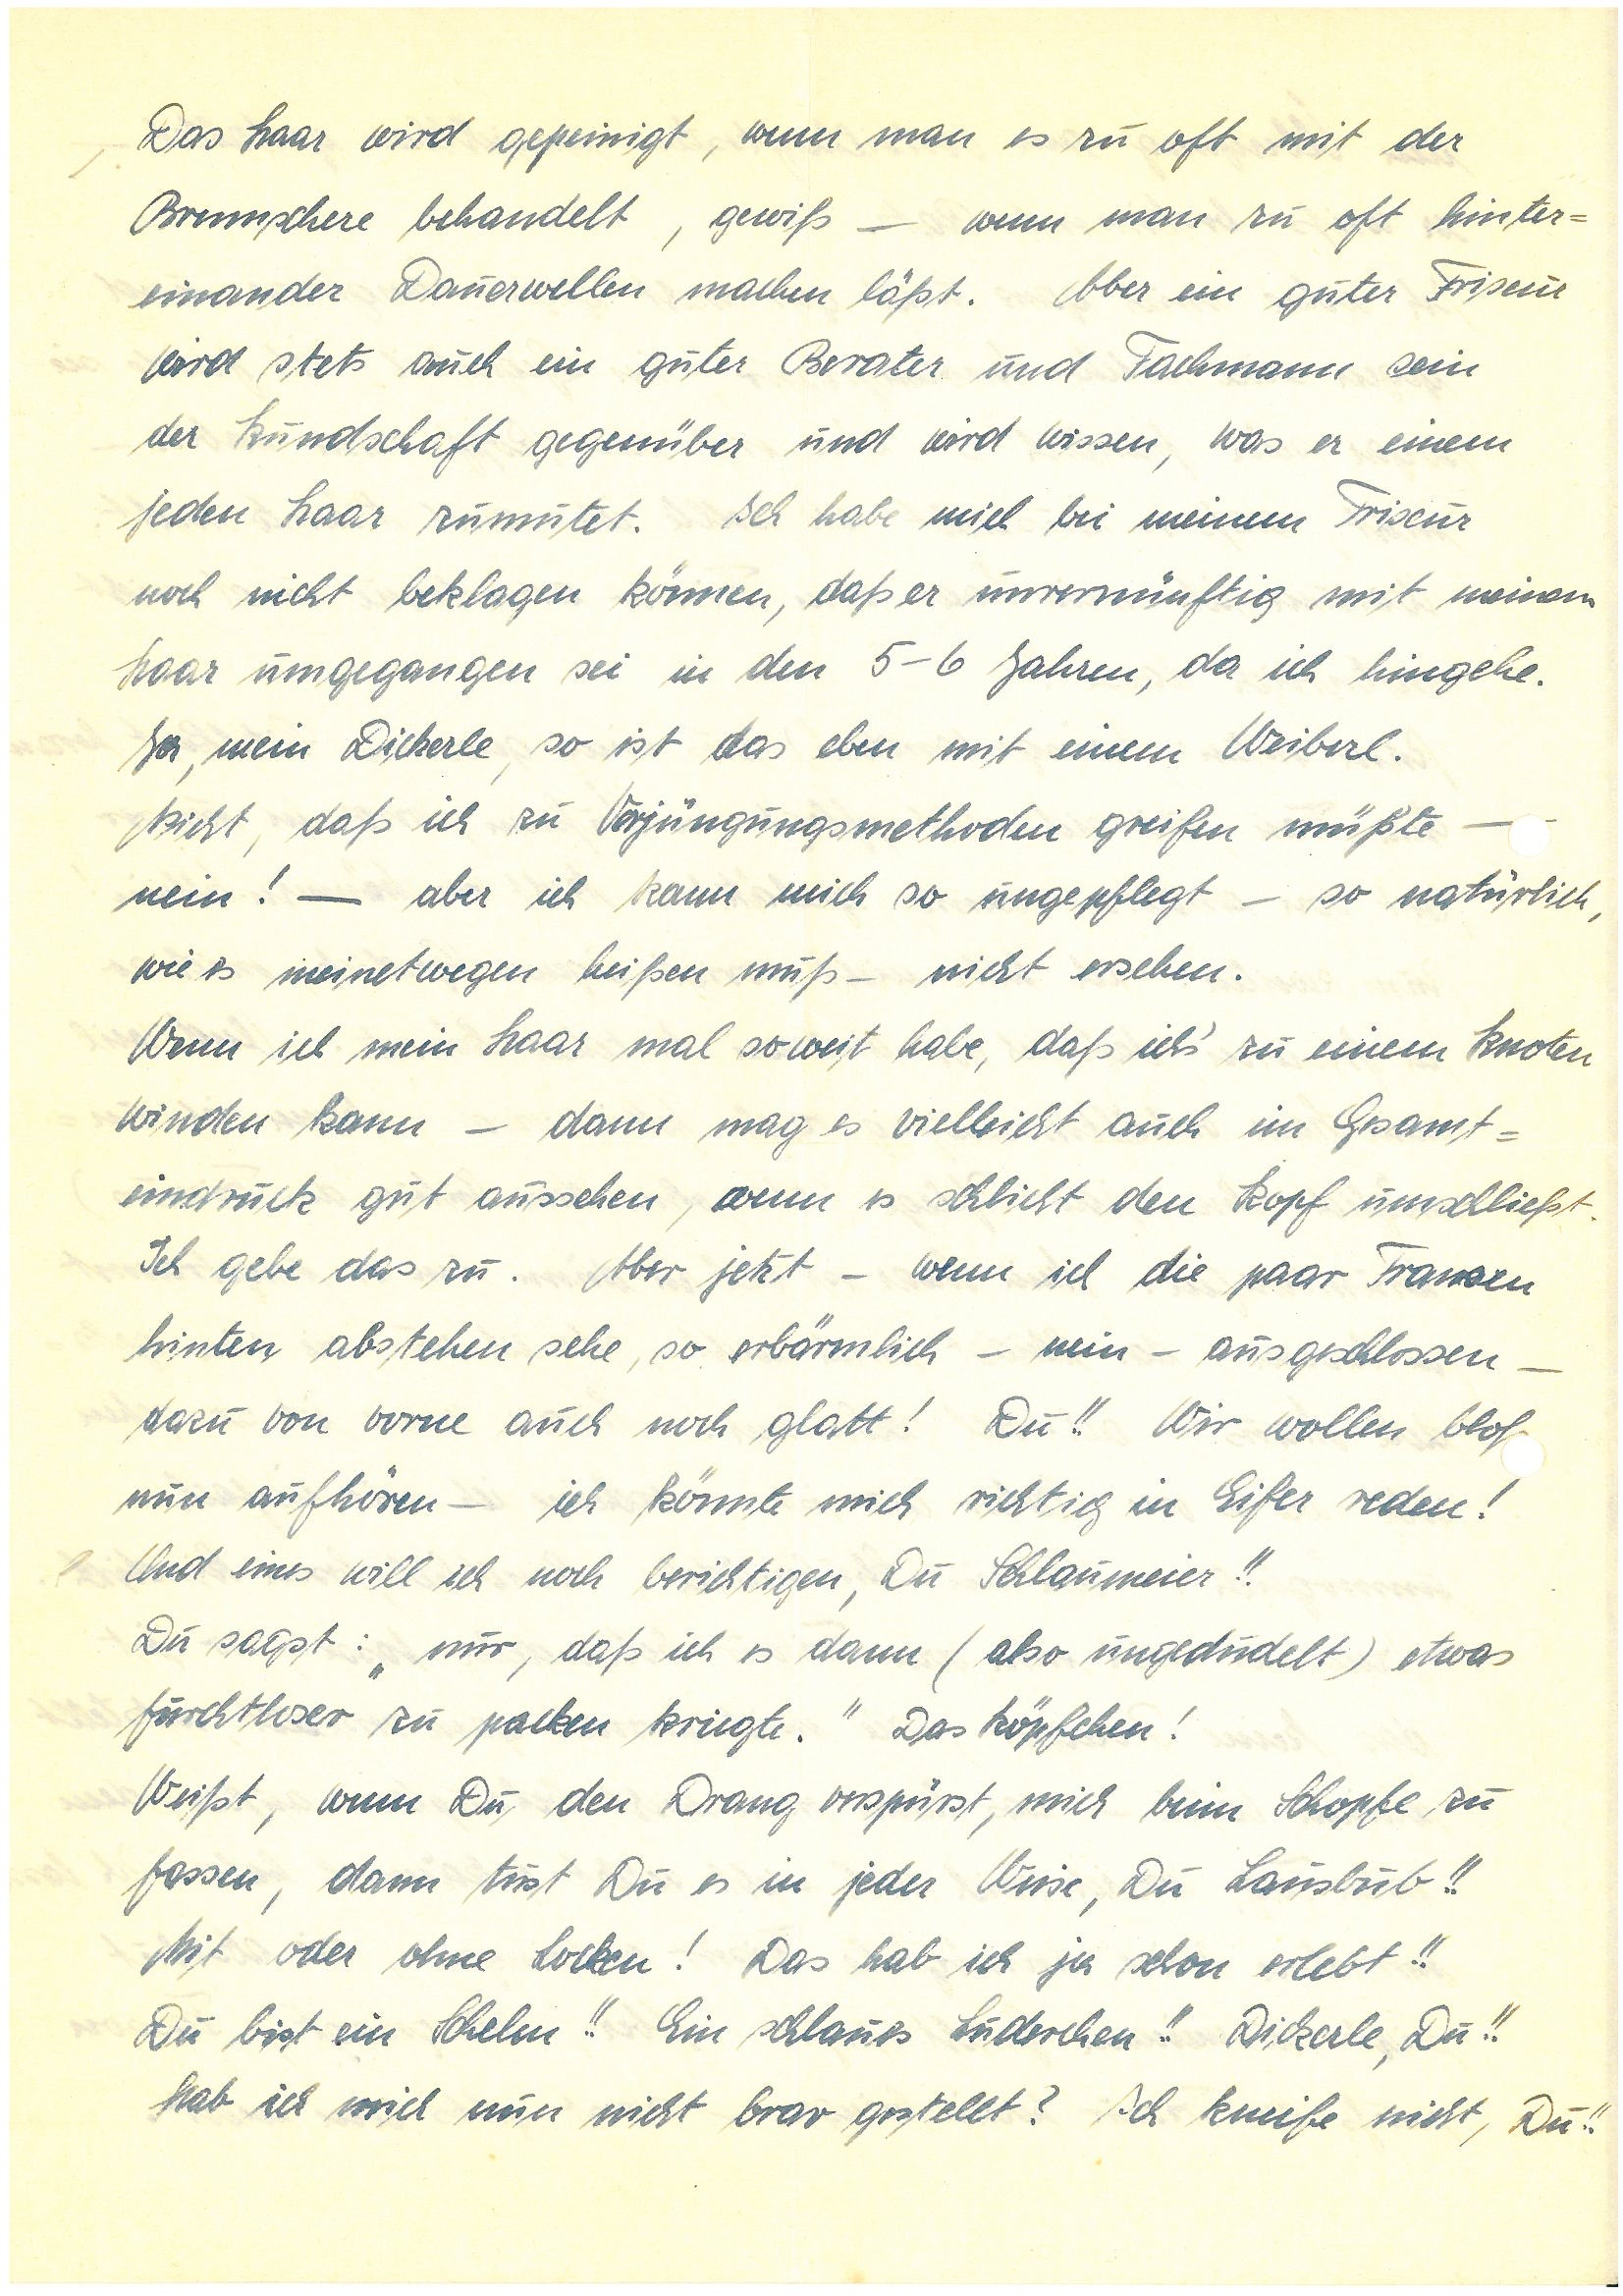
Das Haar wird gepeinigt, wenn man es zu oft mit der
Brennschere behandelt, gewiß – wenn man zu oft hinter¬
einander Dauerwellen machen läßt. Aber ein guter Friseur
wird stets auch ein guter Berater und Fachmann sein
der Kundschaft gegenüber und wird wissen, was er einem
jeden Haar zumutet. Ich habe mich bei meinem Friseur
noch nicht beklagen können, daß er unvernünftig mit meinem
Haar umgegangen sei in den 5-6 Jahren, da ich hingehe.
Ja, mein Dickerle, so ist das eben mit einem Weiberl.
Nicht, daß ich zu Vorjüngungsmethoden greifen müßte ––
nein! – aber ich kann mich so ungepflegt – so natürlich,
wie es meinetwegen heißen muß – nicht ersehen.
Wenn ich mein Haar mal soweit habe, daß ich’s zu einem Knoten
winden kann – dann mag es vielleicht auch im Gesamt¬
eindruck gut aussehen, wenn es schlicht den Kopf umschließt.
Ich gebe das zu. Aber jetzt – wenn ich die paar Franzen
hinten abstehen sehe, so erbärmlich – nein – ausgeschlossen –
dazu von vorne auch noch glatt! Du!! Wir wollen bloß
nun aufhören – ich könnte mich richtig in Eifer reden!
Und eines will ich noch berichtigen Du Schlaumeier!!
Du sagst: „nur, daß ich es dann (also ungedudelt) etwas
furchtloser zu packen kriegte. Das köpfchen!
Weißt, wenn Du den Drang verspürst, mich beim Schopfe zu
fassen, dann tust Du es in jeder Weise, Du Lausbub!!
Mit oder ohne Locken! Das hab ich ja schon erlebt!!
Du bist ein Schelm!! Ein schlaues Luderchen!! Dickerle, Du!!
hab ich mich nun nicht brav gestellt? Ich kneife nicht, Du!!